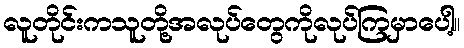
လူတိုင်းကသူတို့အလုပ်တွေကိုလုပ်ကြမှာပေါ့။